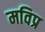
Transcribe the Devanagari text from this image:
मविप्र